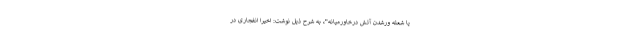
یا شعله ورشدن آتش درخاورمیانه"، به شرح ذیل نوشت: اخیرا انفجاری در